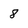
Character: 8